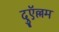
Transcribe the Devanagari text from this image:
दुऍल्लम